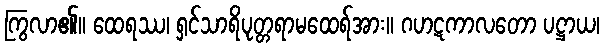
ကြွလာ၏။ ထေရဿ၊ ရှင်သာရိပုတ္တရာမထေရ်အား။ ဂဟဋကာလတော ပဋ္ဌာယ၊